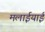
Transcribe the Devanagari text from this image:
मलाईयाई